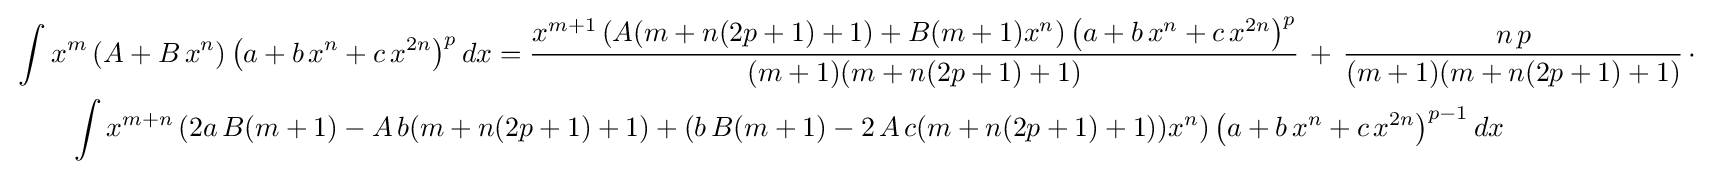
{\begin{aligned}&\int x^{m}\left(A+B\,x^{n}\right)\left(a+b\,x^{n}+c\,x^{2n}\right)^{p}dx={\frac {x^{m+1}\left(A(m+n(2p+1)+1)+B(m+1)x^{n}\right)\left(a+b\,x^{n}+c\,x^{2n}\right)^{p}}{(m+1)(m+n(2p+1)+1)}}\,+\,{\frac {n\,p}{(m+1)(m+n(2p+1)+1)}}\,\cdot \\&\qquad \int x^{m+n}\left(2a\,B(m+1)-A\,b(m+n(2p+1)+1)+(b\,B(m+1)-2\,A\,c(m+n(2p+1)+1))x^{n}\right)\left(a+b\,x^{n}+c\,x^{2n}\right)^{p-1}dx\end{aligned}}